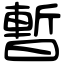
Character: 暫